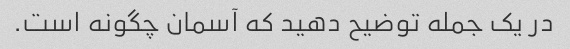
در یک جمله توضیح دهید که آسمان چگونه است.